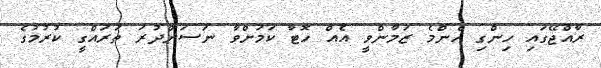
ރާއްޖޭގައި ހިންގި އެންމެ ޒަމާންވީ އެއް ހޮޓާ ކަމަށްވާ ނަސަންދުރަ ތަރައްގީ ކުރުމުގެ